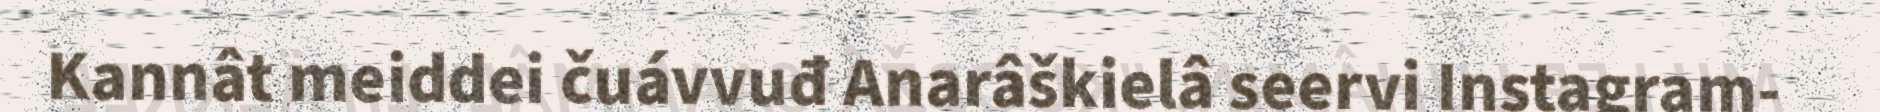
Kannât meiddei čuávvuđ Anarâškielâ seervi Instagram-